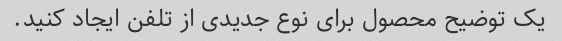
یک توضیح محصول برای نوع جدیدی از تلفن ایجاد کنید.